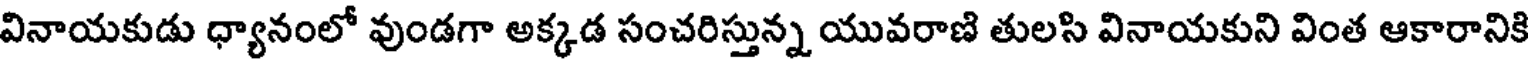
వినాయకుడు ధ్యానంలో వుండగా అక్కడ సంచరిస్తున్న యువరాణి తులసి వినాయకుని వింత ఆకారానికి